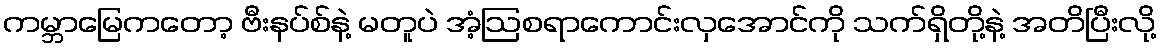
ကမ္ဘာမြေကတော့ ဗီးနပ်စ်နဲ့ မတူပဲ အံ့ဩစရာကောင်းလှအောင်ကို သက်ရှိတို့နဲ့ အတိပြီးလို့